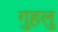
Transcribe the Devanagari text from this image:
गुहलु